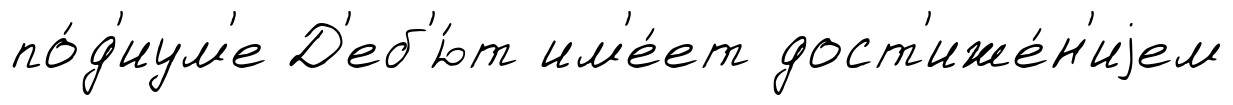
по́д'иум'е Д'еб'ю́т им'е́ет дост'иже́н'иjем